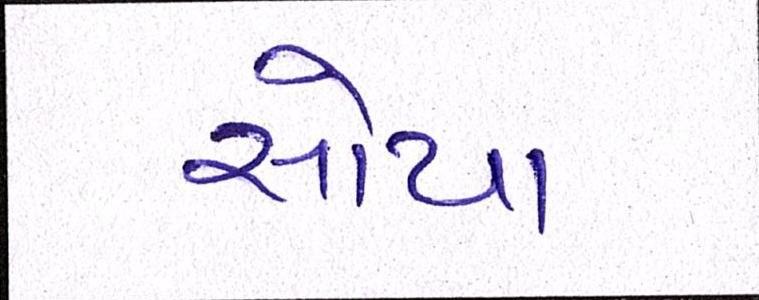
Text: સોયા